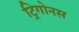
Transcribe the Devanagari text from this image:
ट्रिगोनस